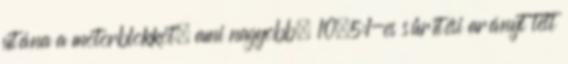
utána a motorblokkot, ami nagyobb, 10,5:1-es sűrítési arányt tett